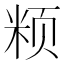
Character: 𱂧